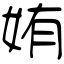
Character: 姷